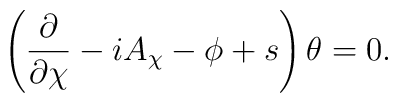
\left(\frac{\partial}{\partial\chi}-i A_{\chi}-\phi+s\right) \theta=0.